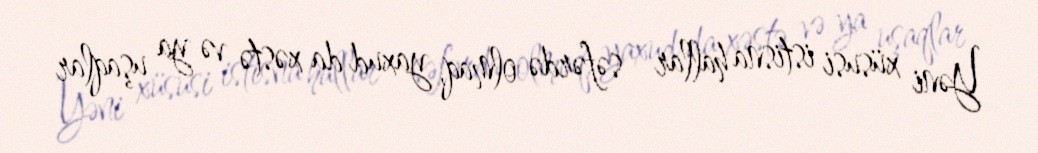
Yəni xüsusi istisna hallar - səfərdə olmaq, yaxud da xəstə və ya uşaqlar